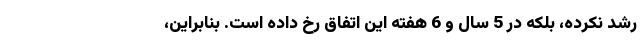
رشد نکرده، بلکه در 5 سال و 6 هفته این اتفاق رخ داده است. بنابراین،